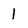
Character: 1